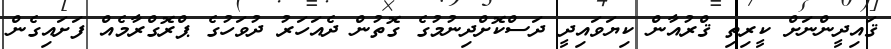
ޤައިދީންނަށް ކީރިތި ޤްރުއާން ކިޔަވައިދީ ދަސްކޮށްދިނުމުގެ ގޮތުން ދެއަހަރު ދުވަހުގެ ޕްރޮގްރާމެއް ފަށައިގެން